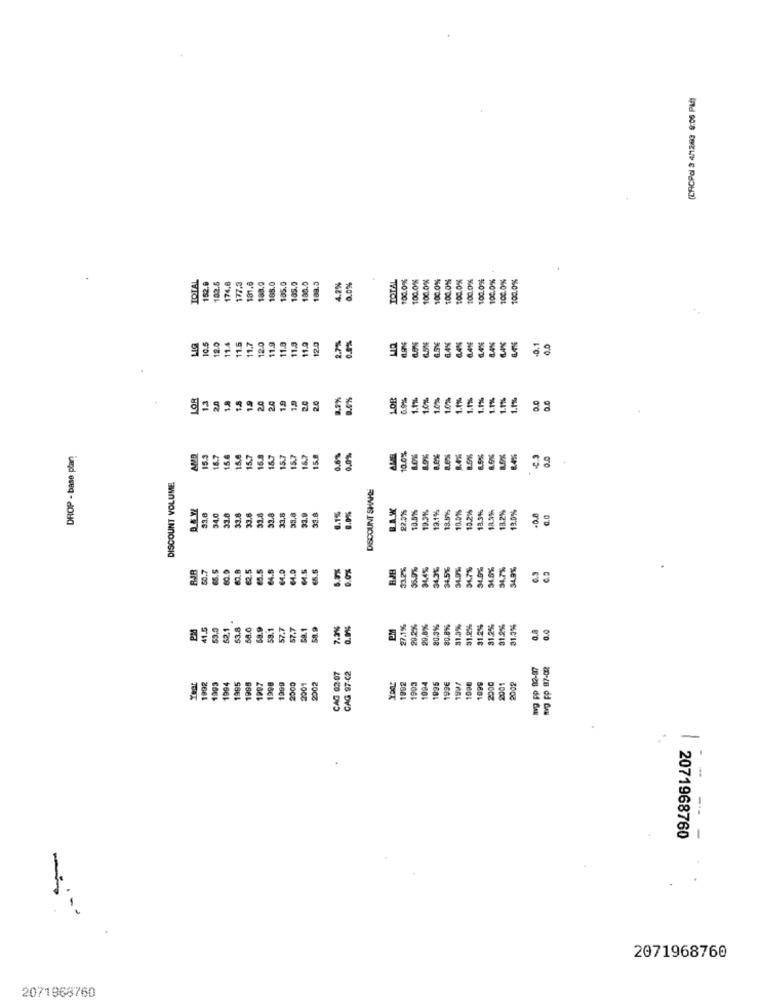
(CRCPdl 3 4/1263 9:05 PM)
IDIAL
0.0%
TOTAL
100.0%
100.0%
100.0%
100.0%
100.0%
00.0%
100.0%
00.0%
100.0%
100.0%
100.0%
152.9
182.6
76.6
77.3
181.0
188.0
168.0
185.0
180.0
188.3
10.5
11.7
12.0
11.9
0.0%
12.0
11.4
11.5
11.9
11.8
11.3
12.0
2.7%
-
-0.1
LOR
18
19
20
2.0
2.0
8.0%
LOR
0.9%
1.1%%
1.0%
1.0%
1.0%
1.7%
1.7%
1.1%
0.0
20
DROP - base plar!
AMB
15.3
16.7
15.6
15.6
15.8
18.7
15.7
15.7
15.7
15.8
0.6%
1.0%
AME
10.0%
8.9%
8.0%
8.0%
DISCOUNT VOLUME
DISCOUNT SHAKEE
DAY
BAK
22,9%
18.5%%
193%%
12.1%
10.9%%
13.2%%
18.9%
18.2%
33.0
34.0
33.8
33.8
33.6
33.8
33.8
33,8
33,8
33.9
318
13.5%
18.3%
13.0%
-0.8
50.7
15.5
60.8
es
64.8
14.0
0.0%
33.2%
34.3%
34.5%
34.7%
34.7%
6.3
64.0
62.1
41.5
59.0
$3.8
58.9
58.1
57.7
GR.1
58.9
7.2%
EM
27.1%
29.2%
29,8%
20.3%
20.8%
31.3%
31.2%
31.2%
31.2%
31.3%
0.a
0.0
57.7
Ig pp 02-27
Ig FP 87-02
1992
1995
CAG 02-07
1994
1995
1997
1998
1099
2000
2001
2002
1992
1993
1994
1995
199€
1997
1000
1099
2000
2001
2008
-
-
- ---
2071968760
2071968760
2071968760